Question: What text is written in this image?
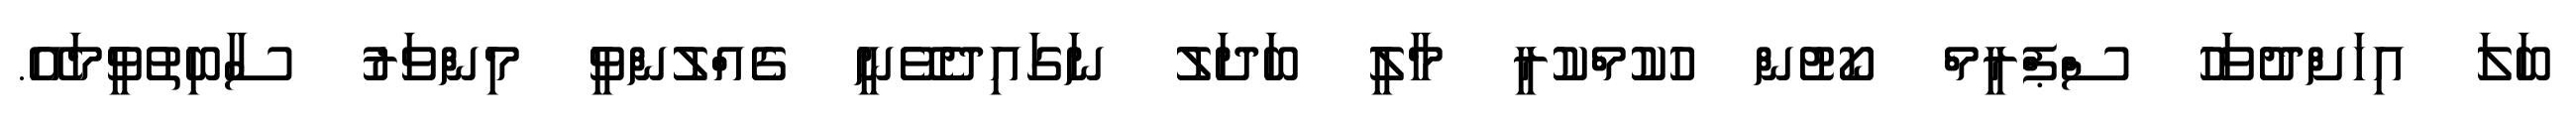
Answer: ބަލަ އިހަށްދުވަހު ސްޕްރީމް ކޯޓުން ހުކުމްކުރީ މާލީ ބަދަލު ނަގައިދެވޭނީ ގެއްލުންވީ މިންވަރު ސާބިތުވީމައޭ.